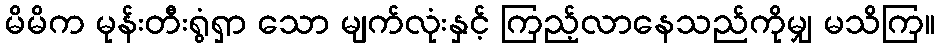
မိမိက မုန်းတီးရွံရှာ သော မျက်လုံးနှင့် ကြည့်လာနေသည်ကိုမျှ မသိကြ။